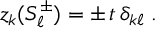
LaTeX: z _ { k } ( S _ { \ell } ^ { \pm } ) = \pm \, t \, \delta _ { k \ell } \; .